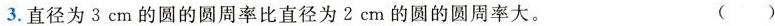
3.直径为3cm的圆的圆周率比直径为2cm的圆的圆周率大。 ( )